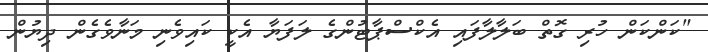
"ކަންކަން ހުރި ގޮތް ބަލާލާފައި އެކްސްޕާޓުންގެ ލަފަޔާ އެކީ ކައިވެނި މަނާވެގެން ދިޔުން